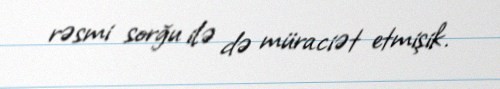
rəsmi sorğu ilə də müraciət etmişik.